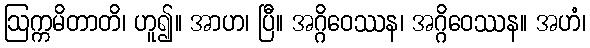
ဩက္ကမိတာတိ၊ ဟူ၍။ အာဟ၊ ပြီ။ အဂ္ဂိဝေဿန၊ အဂ္ဂိဝေဿန။ အဟံ၊